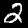
Label: 2